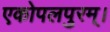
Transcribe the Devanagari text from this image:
एकोपलपुरम्।